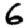
Digit: 6